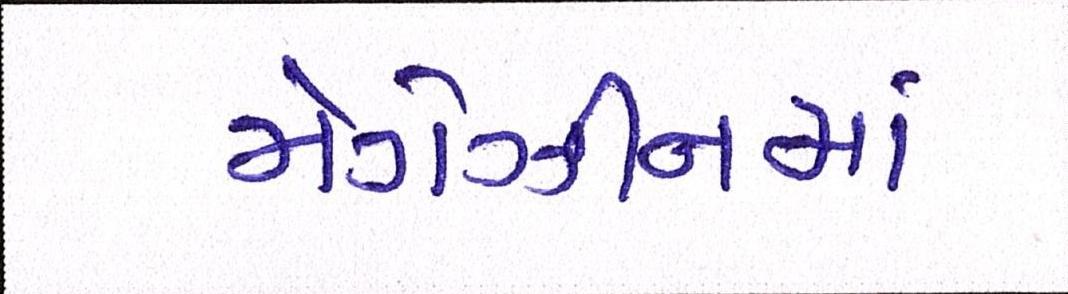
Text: મેગેઝીનમાં